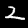
Digit: 2